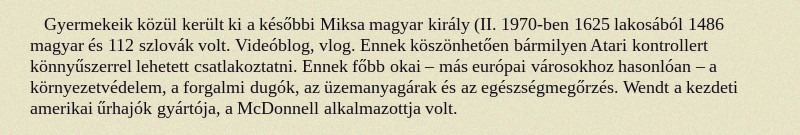
Gyermekeik közül került ki a későbbi Miksa magyar király (II. 1970-ben 1625 lakosából 1486 magyar és 112 szlovák volt. Videóblog, vlog. Ennek köszönhetően bármilyen Atari kontrollert könnyűszerrel lehetett csatlakoztatni. Ennek főbb okai – más európai városokhoz hasonlóan – a környezetvédelem, a forgalmi dugók, az üzemanyagárak és az egészségmegőrzés. Wendt a kezdeti amerikai űrhajók gyártója, a McDonnell alkalmazottja volt.